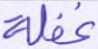
غفلة